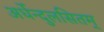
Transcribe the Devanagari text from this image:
अर्धेन्दुलसितम्